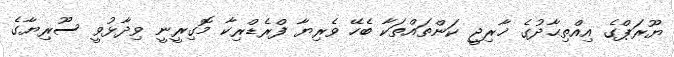
ޔޫރަޕްގެ އިއްތިޙާދުގެ ޚާރިޖީ ކަންތައްތަކާ ބެހޭ ވެރިޔާ ފްރެޑްރިކާ މޮގިރީނީ ވިދާޅުވީ ސޫރިޔާގެ